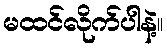
မထင်လိုက်ပါနဲ့။